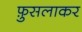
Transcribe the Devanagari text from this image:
फ़ुसलाकर